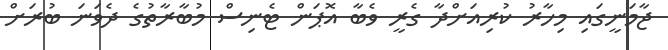
ޖާމަނީގައި މިހާރު ކުރިއަށްދާ ގެރީ ވެބާ އޮޕަން ޓެނިސް މުބާރާތުގެ ދެވަނަ ބުރަށް